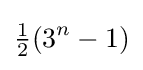
{\tfrac {1}{2}}(3^{n}-1)